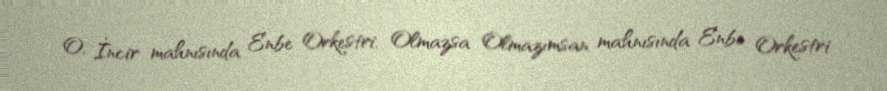
O, İncir mahnısında Enbe Orkestri, Olmazsa Olmazımsan mahnısında Enbe Orkestri